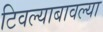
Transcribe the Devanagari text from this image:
टिवल्याबावल्या